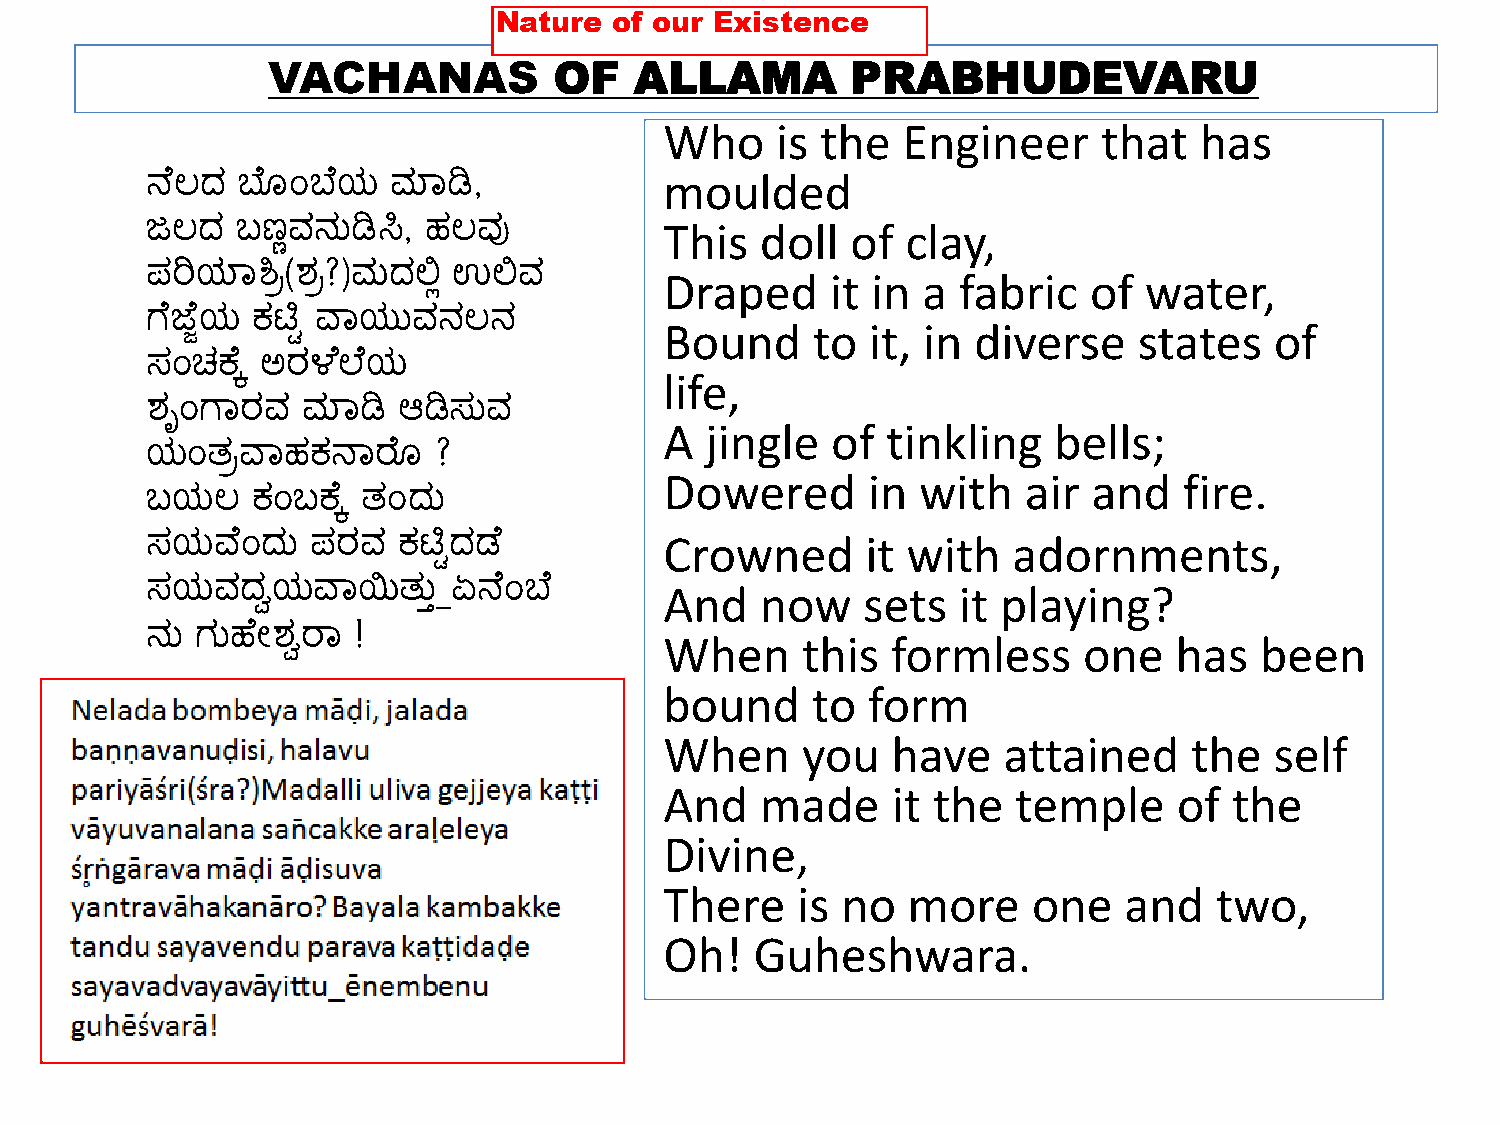
VACHANAS           OF   ALLAMA        PRABHUDEVARU
 Who    is the   Engineer     that  has
 moulded
 ನ ಲ್ದ ಬ ್ಂಬ ಯ   ಮಾಡಿ,
 This  doll  of  clay,
 ಜಲ್ದ  ಬಣ್ಣವನುಡಿಸಿ, ಹಲ್ವು
 ಪರಿಯ್ಾಶ್ರರ(ಶ್ರ?)ಮದಲಿಲ ಉಲಿವ        Draped     it in a fabric   of  water,
 ಗ ಜ ೆಯ ಕಟ್ಟು ವ್ಾಯುವನಲ್ನ           Bound     to  it, in diverse   states   of
 ಸಂಚಕ  ಿ ಅರಳ ಲ ಯ
 life,
 ಶ್ೃಂಗಾರವ  ಮಾಡಿ  ಆಡಿಸುವ
 A  jingle  of  tinkling   bells;
 ಯಂತ್ರವ್ಾಹಕನಾರ   ್  ?
 Dowered      in  with   air and   fire.
 ಬಯಲ್   ಕಂಬಕ  ಿ ತ್ಂದು
 Crowned      it with   adornments,
 ಸಯವ್  ಂದು  ಪರವ  ಕಟ್ಟುದಡ
 ಸಯವದವಯವ್ಾಯಿತ್ು_ಿ    ಏನ ಂಬ         And   now    sets  it playing?
 ನು ಗುಹ ೋಶ್ವರಾ !                   When     this  formless     one   has  been
 bound     to form
 When     you   have   attained     the  self
 And   made     it the  temple     of  the
 Divine,
 There    is no  more    one   and   two,
 Oh!   Guheshwara.